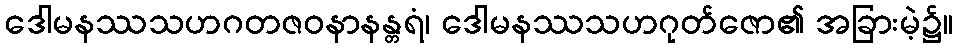
ဒေါမနဿသဟဂတဇဝနာနန္တရံ၊ ဒေါမနဿသဟဂုတ်ဇော၏ အခြားမဲ့၌။